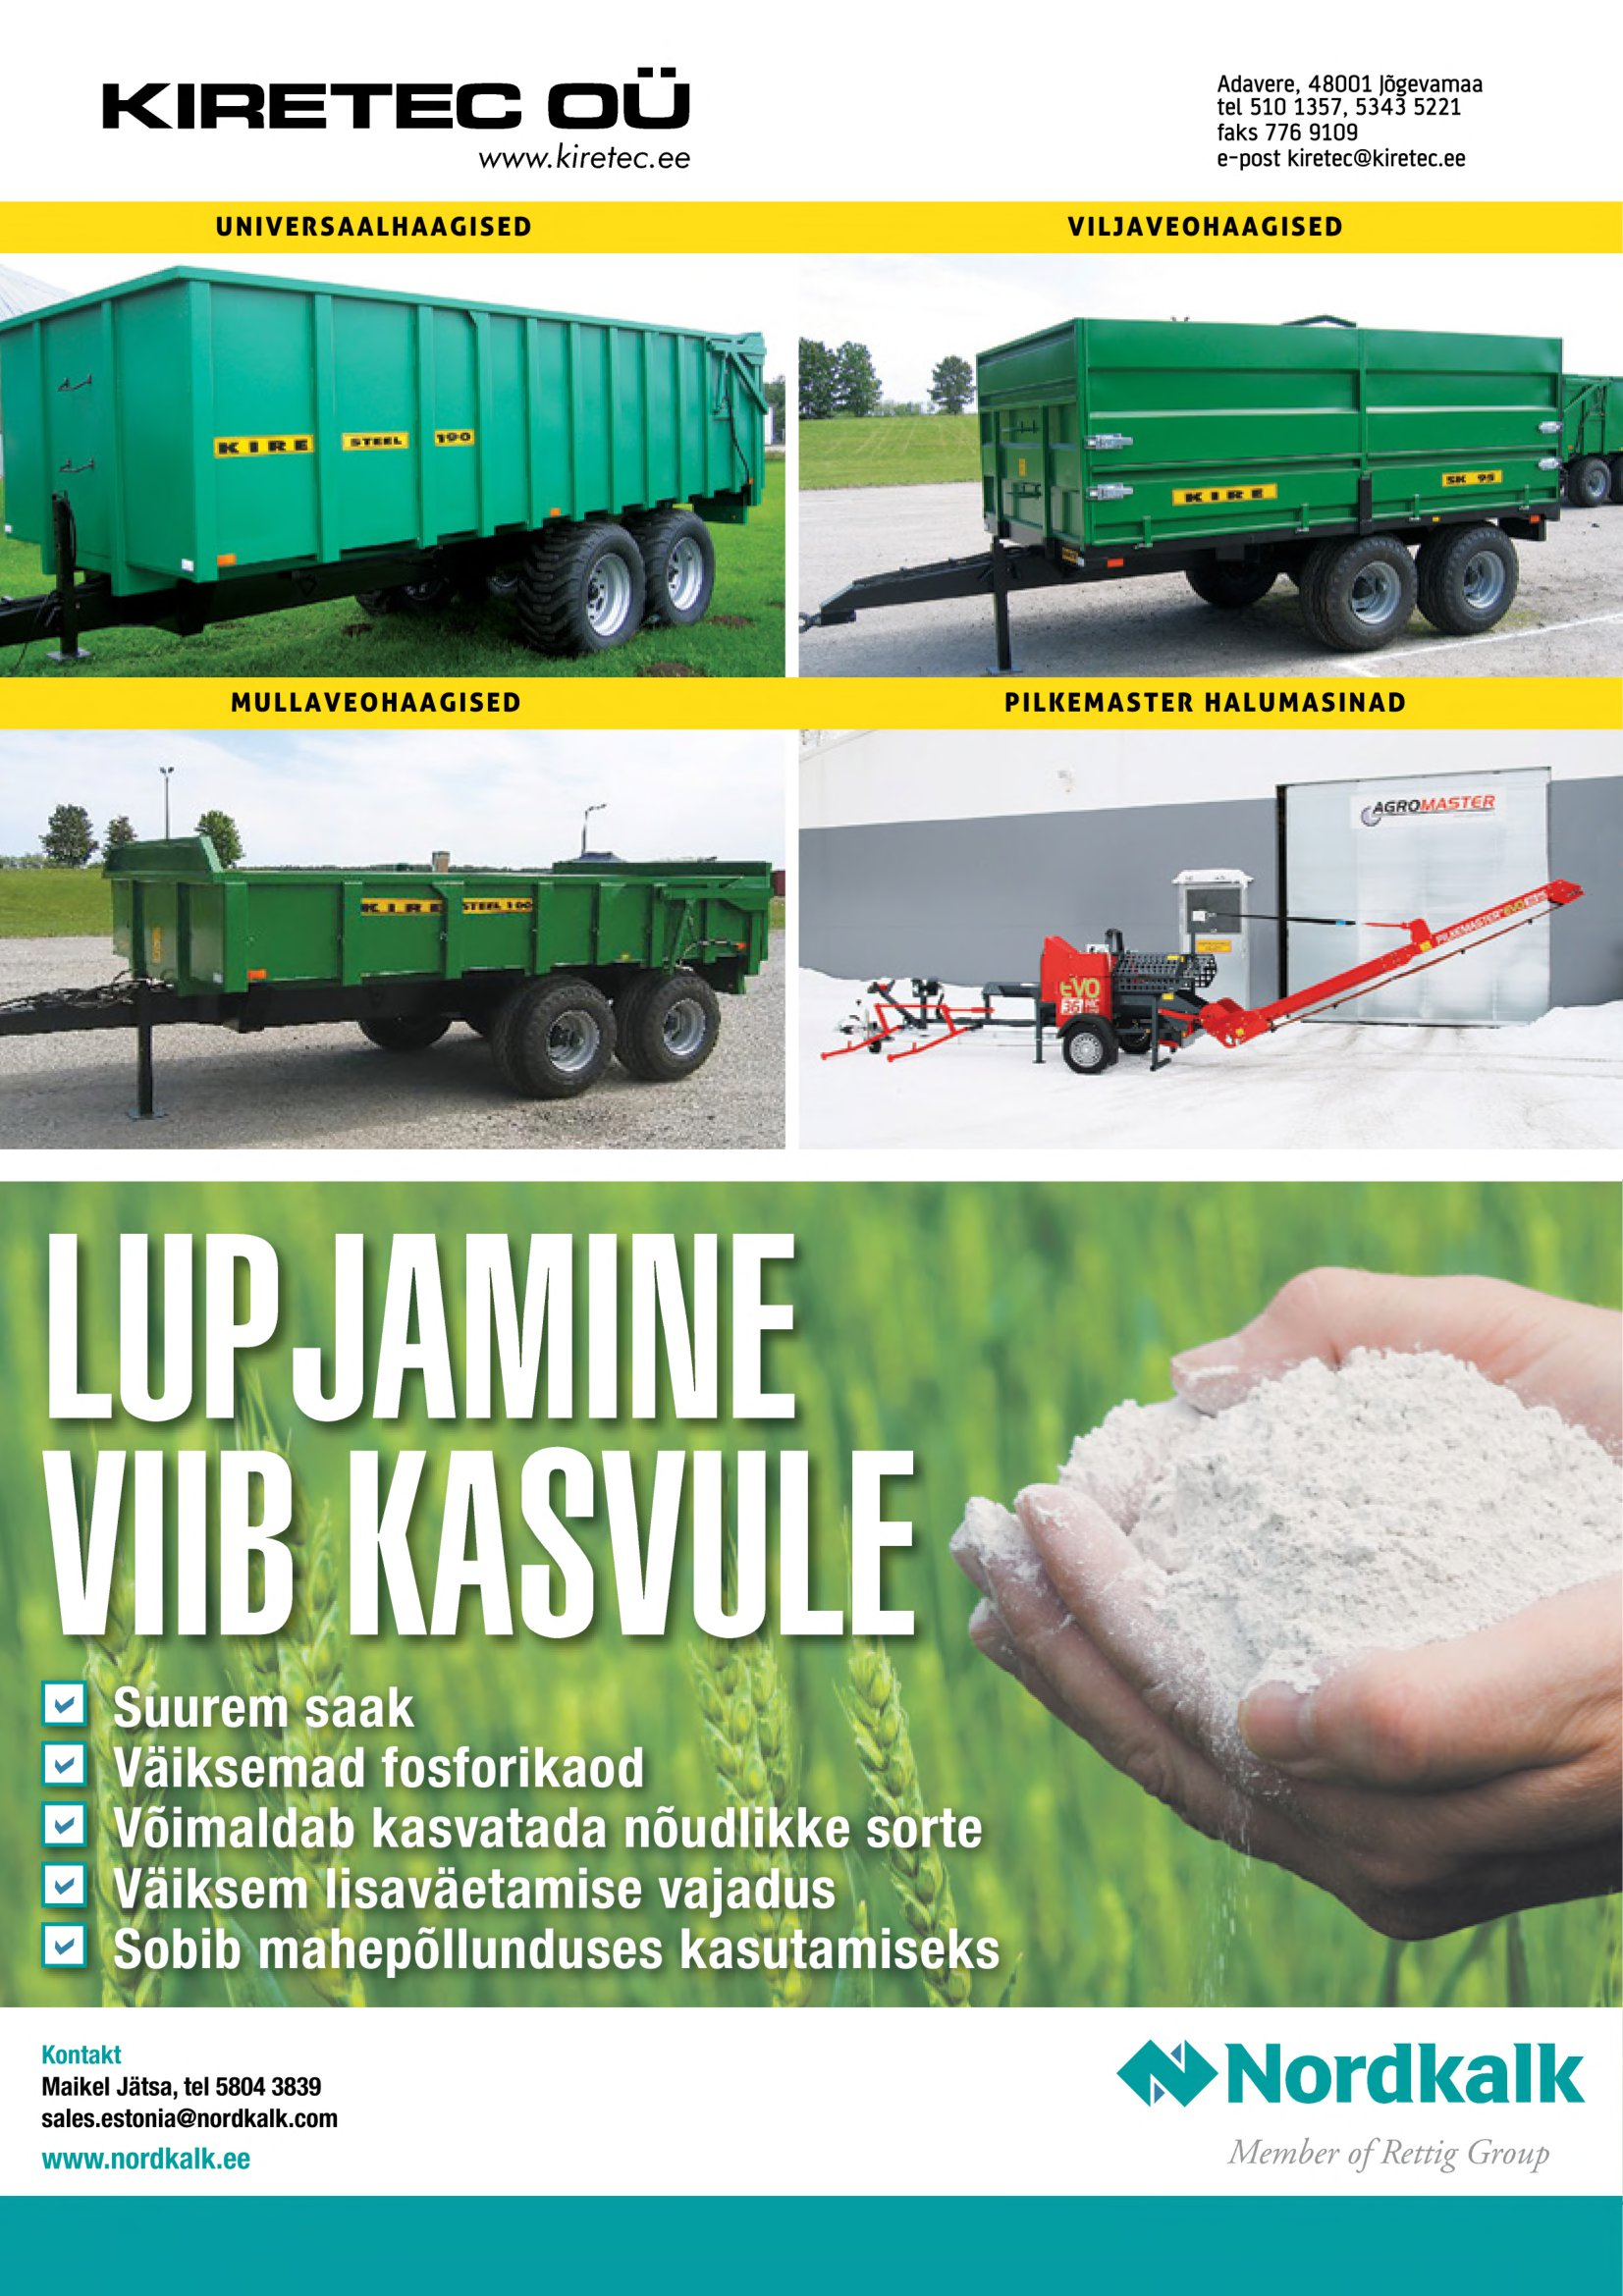
Language: et